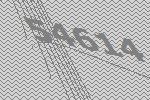
54614